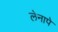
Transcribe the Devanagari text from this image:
लेनापे